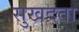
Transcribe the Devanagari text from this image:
सुखदता